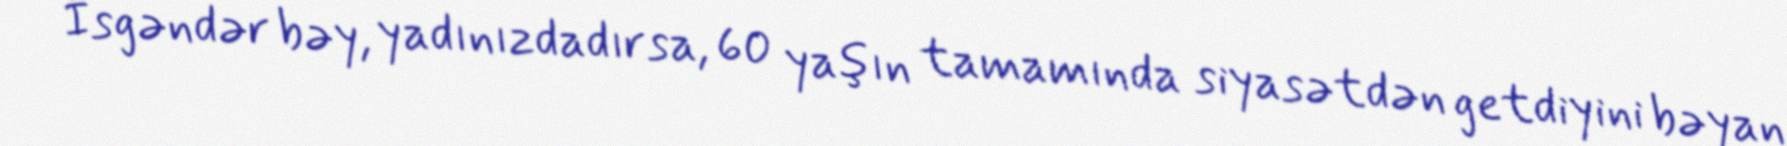
- İsgəndər bəy, yadınızdadırsa, 60 yaşın tamamında siyasətdən getdiyini bəyan